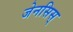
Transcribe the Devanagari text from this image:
जेनसिस्